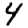
Digit: 4